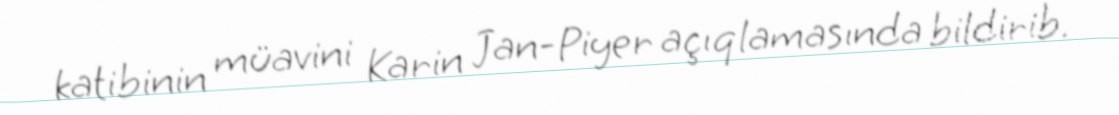
katibinin müavini Karin Jan-Piyer açıqlamasında bildirib.